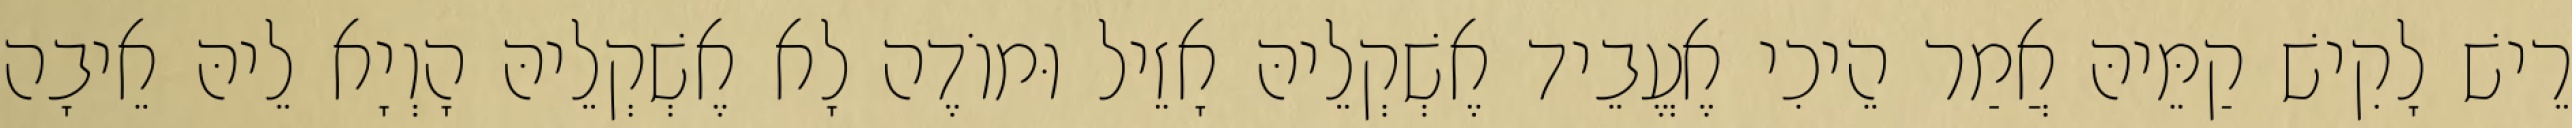
רֵישׁ לָקִישׁ קַמֵּיהּ אֲמַר הֵיכִי אֶעֱבֵיד אֶשְׁקְלֵיהּ אָזֵיל וּמוֹדֶה לָא אֶשְׁקְלֵיהּ הָוְיָא לֵיהּ אֵיבָה